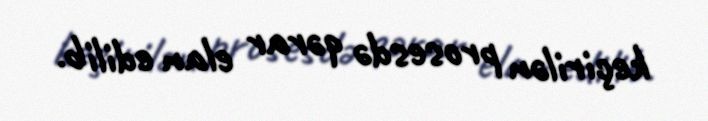
keçirilən prosesdə qərar elan edilib.